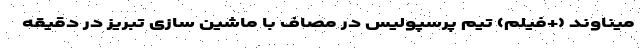
میناوند (+فیلم) تیم پرسپولیس در مصاف با ماشین سازی تبریز در دقیقه